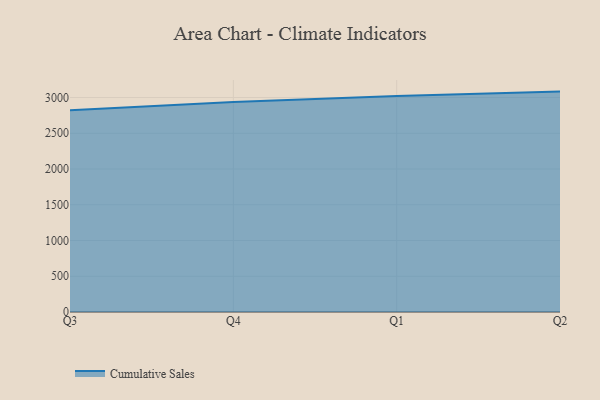
{"axis": {"x": "Quarter", "y": "Population (Million)"}, "legend": ["Cumulative Sales"], "data": [{"x": "Q3", "y": 2823.2, "type": "Cumulative Sales"}, {"x": "Q4", "y": 2935.8, "type": "Cumulative Sales"}, {"x": "Q1", "y": 3021.4, "type": "Cumulative Sales"}, {"x": "Q2", "y": 3082.8, "type": "Cumulative Sales"}]}